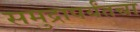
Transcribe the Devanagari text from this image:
समुद्रापर्यंतचा